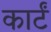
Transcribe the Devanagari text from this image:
कार्टं